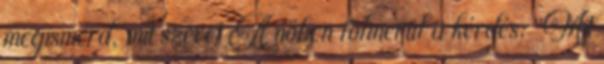
megismerd, mit szeret A nőben fölmerül a kérdés: "Mit